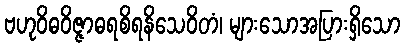
ဗဟုဝိဓဝိဇ္ဇာဓရစိရနိသေဝိတံ၊ များသောအပြားရှိသော